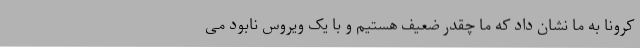
کرونا به ما نشان داد که ما چقدر ضعیف هستیم و با یک ویروس نابود می